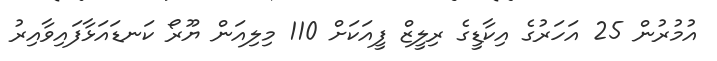
އުމުރުން 25 އަހަރުގެ އިކާޑީގެ ރިލީޒް ފީއަކަށް 110 މިލިއަން ޔޫރޯ ކަނޑައަޅާފައިވާއިރު